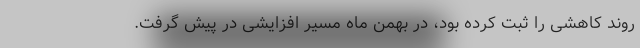
روند کاهشی را ثبت کرده بود، در بهمن ماه مسیر افزایشی در پیش گرفت.